Mental hospitals Bombay report 1929-33 - 1929-1933
Year: 1929
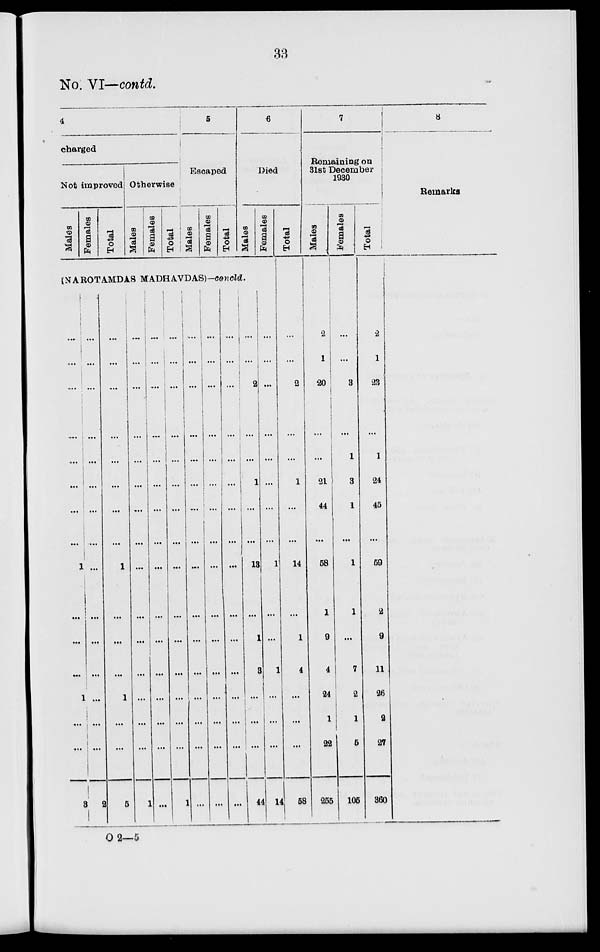
33
No VI— contd.
4
charged
Not improved
Males
Females
Total
Otherwise
Males
Females
Total
5
Escaped
Males
Females
Total
6
Died
Males
Females
(NAROTAMDAS MADHAVDAS)—concld.
...
...
...
...
...
...
...
...
1
...
...
...
1
...
...
3
...
...
...
...
...
...
...
...
...
...
...
...
...
...
...
2
...
...
...
...
...
...
...
...
1
...
...
...
1
...
...
5
...
...
...
...
...
....
...
...
...
...
...
...
...
...
...
1
...
...
...
...
...
...
...
...
...
...
...
...
...
...
...
...
...
...
...
...
...
...
...
...
...
...
...
...
...
...
...
1
...
...
...
...
...
...
...
...
...
...
...
...
...
...
...
...
...
...
...
...
...
...
...
...
...
...
...
...
...
...
...
...
...
...
...
...
...
...
...
...
...
...
...
...
...
...
...
...
...
2
...
...
1
...
...
13
...
1
3
...
...
...
44
...
...
...
...
...
...
...
...
1
...
...
1
...
...
...
14
Total
...
...
2
...
...
1
...
...
14
...
1
4
...
...
...
58
7
Remaining on
31st December
1930
Males
2
1
20
...
...
21
44
...
58
1
9
4
24
1
22
255
Females
...
...
3
...
1
3
1
...
1
1
...
7
2
1
5
105
Total
2
1
23
...
1
24
45
...
59
2
9
11
26
2
27
360
8
Remarks
O 2—5